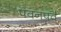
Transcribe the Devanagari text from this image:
पवनपर्व